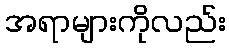
အရာများကိုလည်း